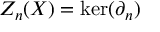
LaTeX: Z _ { n } ( X ) = \ker ( \partial _ { n } )